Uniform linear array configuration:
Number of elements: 8
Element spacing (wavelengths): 0.5
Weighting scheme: blackman
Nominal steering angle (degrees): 0
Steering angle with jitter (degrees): -0.3538
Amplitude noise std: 0.05
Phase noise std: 0.05

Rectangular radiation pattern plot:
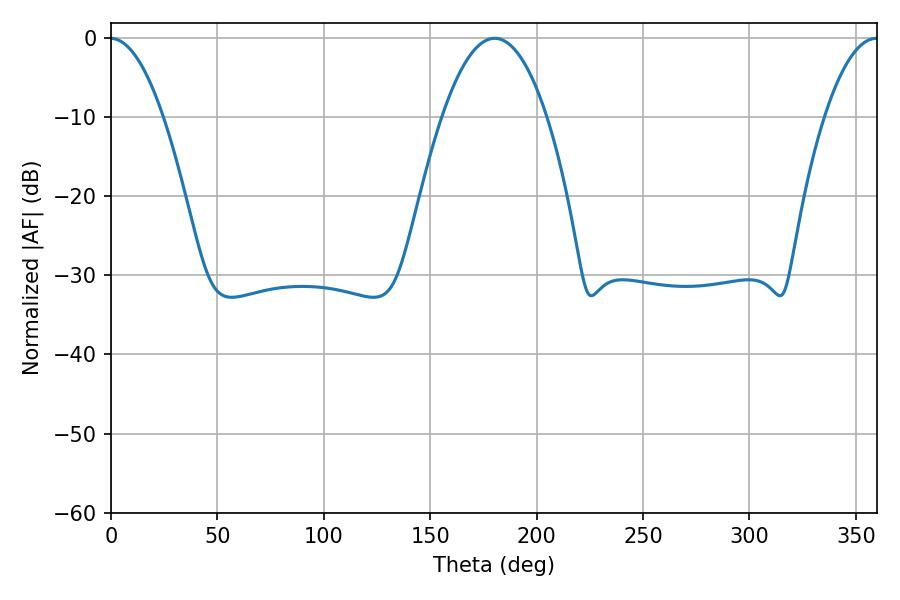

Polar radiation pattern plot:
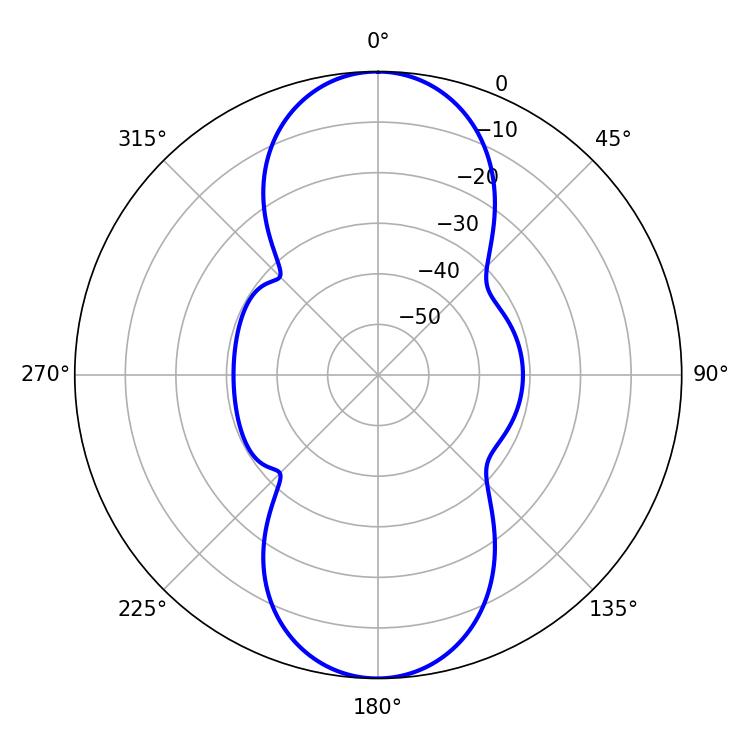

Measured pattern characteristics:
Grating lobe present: FALSE
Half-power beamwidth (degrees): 27.18
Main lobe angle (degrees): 180.36